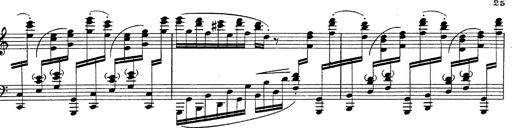
Title: Fantasie Ã¼ber Themen aus Mozarts Figaro und Don Giovanni
Composer: Franz Liszt